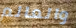
والعالم